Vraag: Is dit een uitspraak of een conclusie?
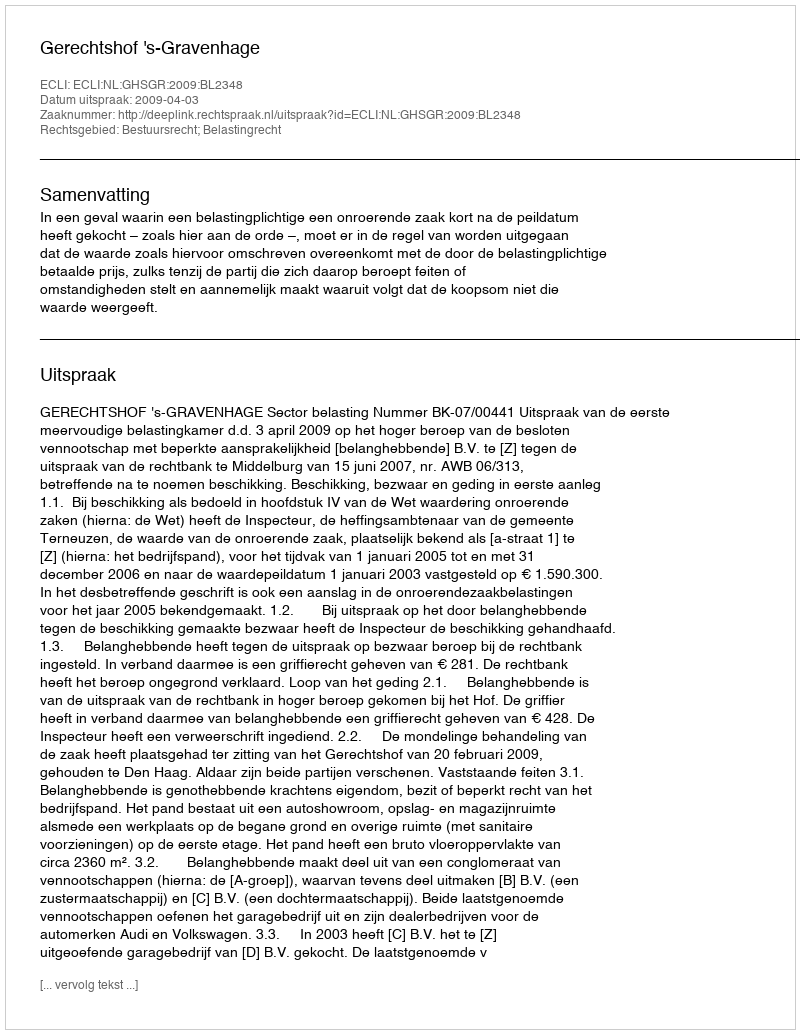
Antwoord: Uitspraak